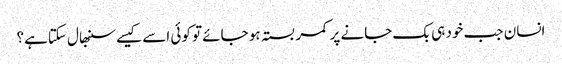
انسان جب خود ہی بک جانے پر کمر بستہ ہو جائے تو کوئی اسے کیسے سنبھال سکتاہے؟